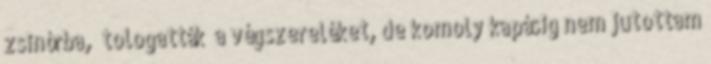
zsinórba, „tologatták” a végszereléket, de komoly kapásig nem jutottam